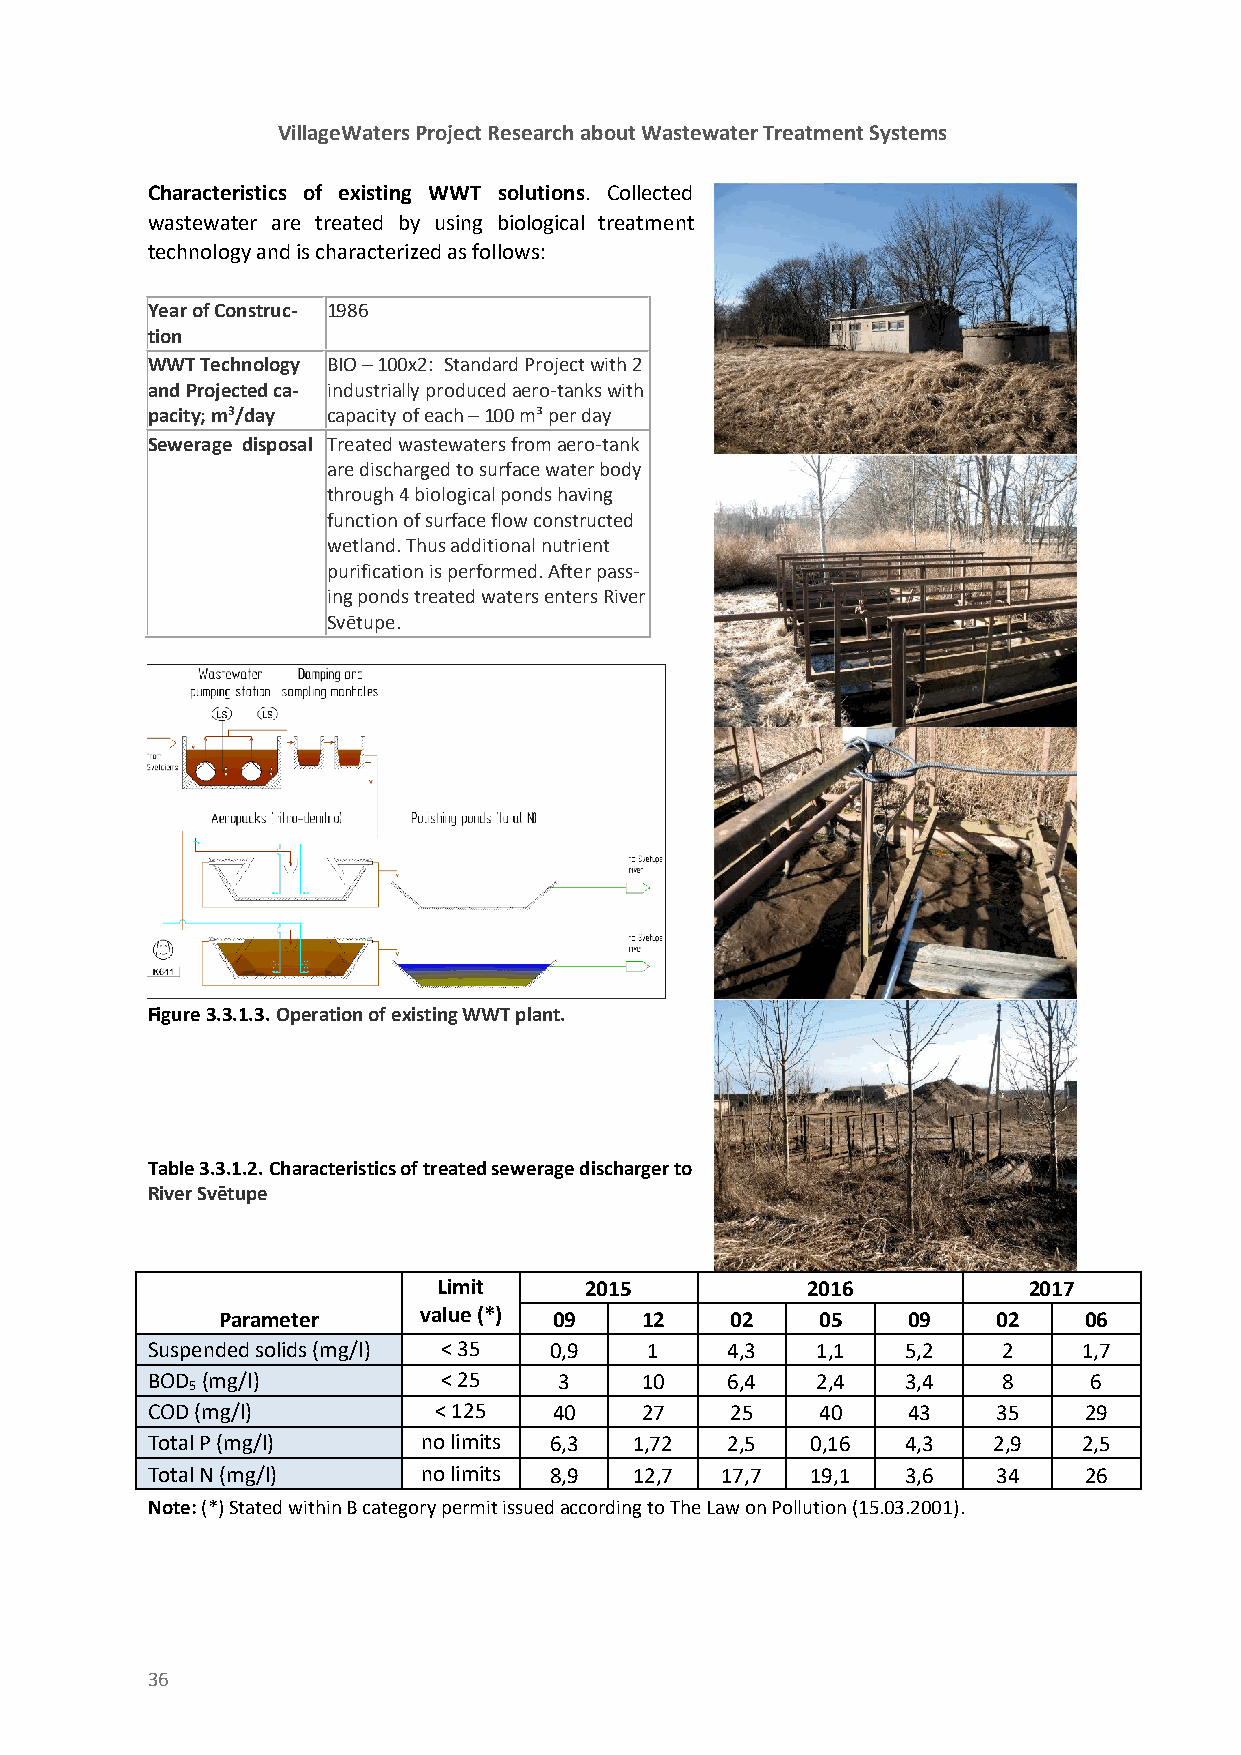
VillageWaters Project Research about Wastewater Treatment Systems
 Characteristics of existing WWT solutions. Collected
 wastewater are treated by using biological treatment
 technology and is characterized as follows:
 Year of Construc- 1986
 tion
 WWT Technology BIO – 100x2: Standard Project with 2
 and Projected ca- industrially produced aero-tanks with
 pacity; m3/day capacity of each – 100 m³ per day
 Sewerage disposal Treated wastewaters from aero-tank
 are discharged to surface water body
 through 4 biological ponds having
 function of surface flow constructed
 wetland. Thus additional nutrient
 purification is performed. After pass-
 ing ponds treated waters enters River
 Svētupe.
 Figure 3.3.1.3. Operation of existing WWT plant.
 Table 3.3.1.2. Characteristics of treated sewerage discharger to
 River Svētupe
 Limit     2015          2016           2017
 Parameter     value (*) 09  12    02    05    09    02    06
 Suspended solids (mg/l) < 35 0,9 1    4,3   1,1   5,2   2     1,7
 BOD (mg/l)         < 25    3    10    6,4   2,4   3,4   8     6
 5
 COD (mg/l)         < 125   40   27    25    40    43    35    29
 Total P (mg/l)    no limits 6,3 1,72  2,5   0,16  4,3   2,9   2,5
 Total N (mg/l)    no limits 8,9 12,7  17,7  19,1  3,6   34    26
 Note: (*) Stated within B category permit issued according to The Law on Pollution (15.03.2001).
 36